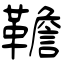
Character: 韂